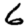
Digit: 6